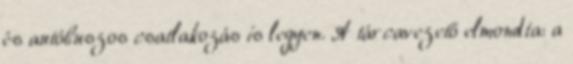
és autóbuszos csatlakozás is legyen. A tárcavezető elmondta: a